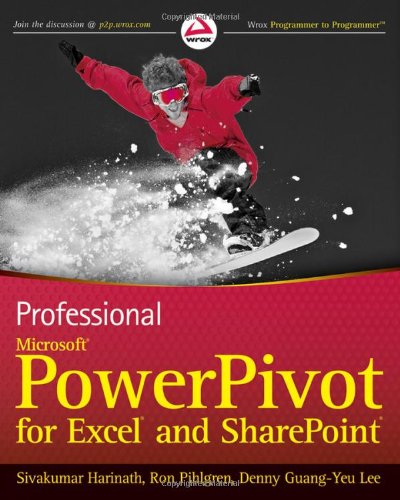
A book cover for Professional Microsoft PowerPivot for Excel and SharePoint; Sivakumar Harinath; Computers & Technology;